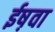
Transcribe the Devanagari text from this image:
ईष़वा